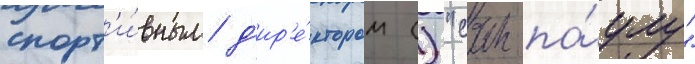
спорт'и́вным д'ир'е́ктором () "сан-па́улу"